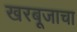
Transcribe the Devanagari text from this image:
खरबूजाचा